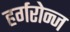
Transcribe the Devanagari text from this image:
हर्गरोन्ज